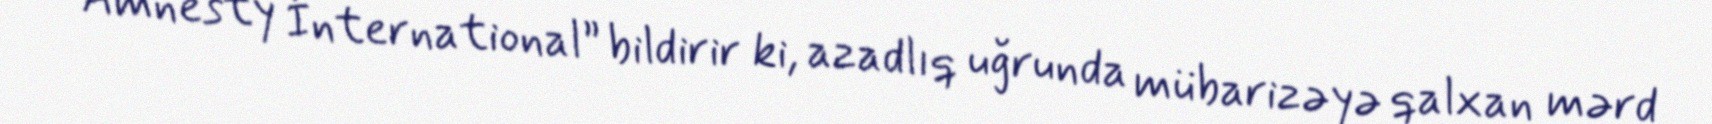
“Amnesty İnternational” bildirir ki, azadlıq uğrunda mübarizəyə qalxan mərd